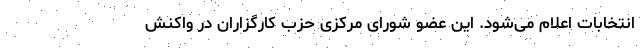
انتخابات اعلام می‌شود. این عضو شورای مرکزی حزب کارگزاران در واکنش